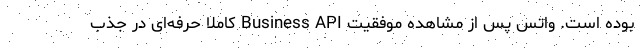
بوده است. واتس پس از مشاهده موفقیت Business API کاملا حرفه‌ای در جذب